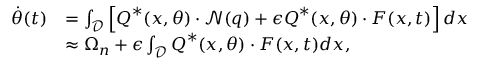
\begin{array} { r l } { \dot { \theta } ( t ) } & { = \int _ { \mathcal { D } } \left[ \boldsymbol { Q } ^ { * } ( \boldsymbol { x } , \theta ) \cdot \mathcal { N } ( \boldsymbol { q } ) + \epsilon \boldsymbol { Q } ^ { * } ( \boldsymbol { x } , \theta ) \cdot \boldsymbol { F } ( \boldsymbol { x } , t ) \right] d \boldsymbol { x } } \\ & { \approx \Omega _ { n } + \epsilon \int _ { \mathcal { D } } \boldsymbol { Q } ^ { * } ( \boldsymbol { x } , \theta ) \cdot \boldsymbol { F } ( \boldsymbol { x } , t ) d \boldsymbol { x } , } \end{array}